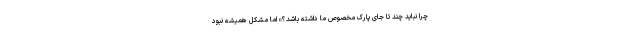
چرا نباید چند تا جای پارک مخصوص ما داشته باشد؟» اما مشکل همیشه نبود